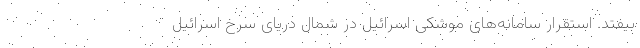
بیفتد. استقرار سامانه‌های موشکی اسرائیل در شمال دریای سرخ اسرائیل